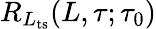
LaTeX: R_{L_{\mathrm{ts}}}(L,\tau;\tau_{0})